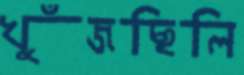
খুঁজছিলি